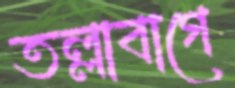
তল্লাবাগে